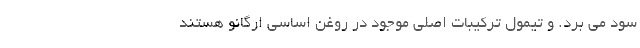
سود می برد. و تیمول ترکیبات اصلی موجود در روغن اساسی اُرگانو هستند